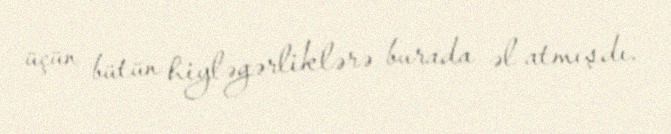
üçün bütün hiyləgərliklərə burada əl atmışdı.